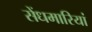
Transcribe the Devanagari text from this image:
सेंधमारियां